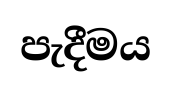
පැදීමය